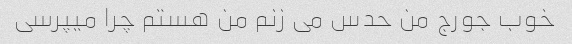
خوب جورج من حدس می زنم من هستم چرا میپرسی